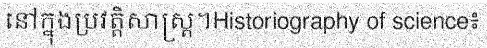
នៅក្នុងប្រវត្តិសាស្ត្រ។Historiography of science៖